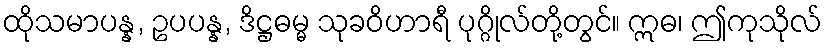
ထိုသမာပန္န, ဥပပန္န, ဒိဋ္ဌဓမ္မ သုခဝိဟာရီ ပုဂ္ဂိုလ်တို့တွင်။ ဣဓ၊ ဤကုသိုလ်